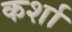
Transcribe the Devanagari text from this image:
कर्शा